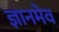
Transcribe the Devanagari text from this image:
ज्ञानमेव